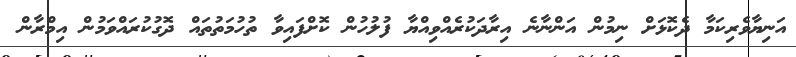
އަނިޔާވެރިކަމާ ދެކޮޅަށް ނިމުން އަންނާނެ އިރާދަކުރެއްވިއްޔާ ފުލުހުން ކޮށްފައިވާ ތުހުމަތުތައް ދޮގުކުރައްވަމުން އިމްރާން